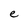
Character: e